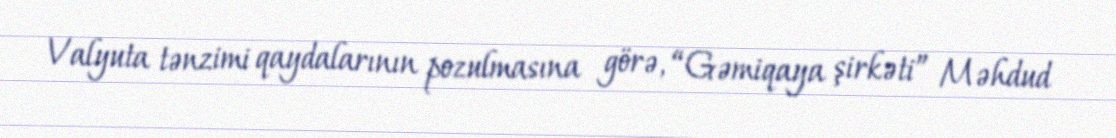
Valyuta tənzimi qaydalarının pozulmasına görə, “Gəmiqaya şirkəti” Məhdud